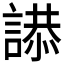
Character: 𮘫